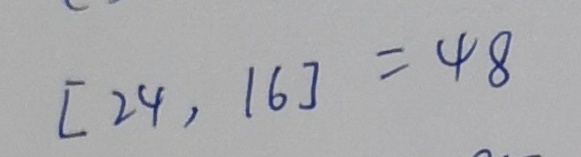
[ 2 4 , 1 6 ] = 4 8